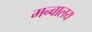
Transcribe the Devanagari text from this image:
मन्वालय